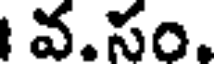
వ.సం.